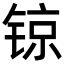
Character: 𨱉